Annual vaccination report of Bihar and Orissa - 1911-1928
Year: 1911
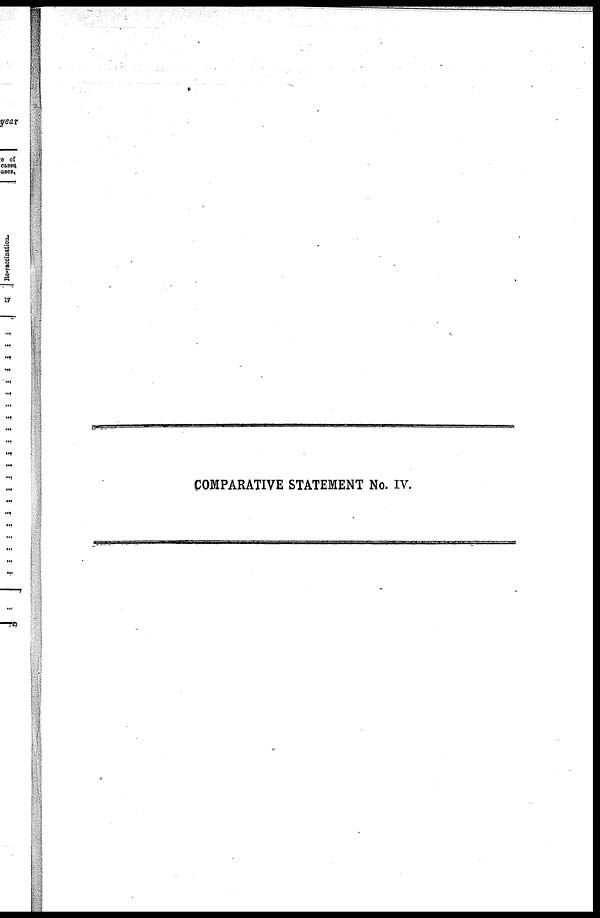
COMPARATIVE STATEMENT No. IV.